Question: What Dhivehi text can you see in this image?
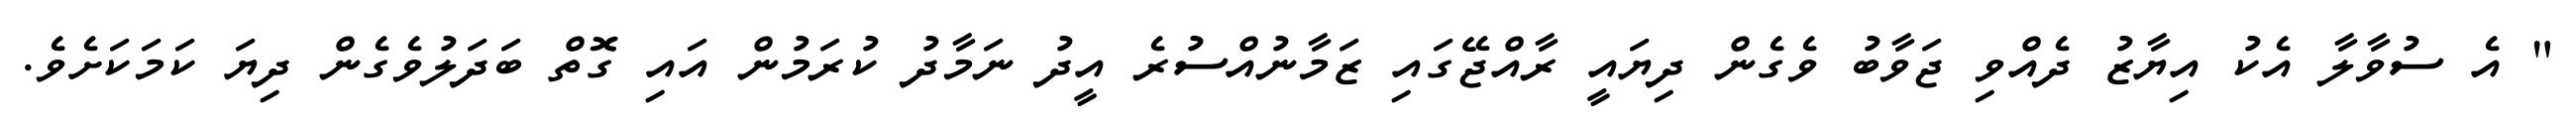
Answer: " އެ ސުވާލާ އެކު އިޔާޒު ދެއްވި ޖަވާބު ވެގެން ދިޔައީ ރާއްޖޭގައި ޒަމާނުއްސުރެ އީދު ނަމާދު ކުރަމުން އައި ގޮތް ބަދަލުވެގެން ދިޔަ ކަމަކަށެވެ.